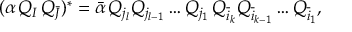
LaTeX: ( \alpha \, Q _ { I } \, Q _ { \bar { J } } ) ^ { * } = { \bar { \alpha } } \, Q _ { j _ { l } } Q _ { j _ { l - 1 } } \ldots Q _ { j _ { 1 } } \, Q _ { { \overline { { i } } _ { k } } } Q _ { { \overline { { i } } _ { k - 1 } } } \ldots Q _ { { \overline { { i } } _ { 1 } } } ,